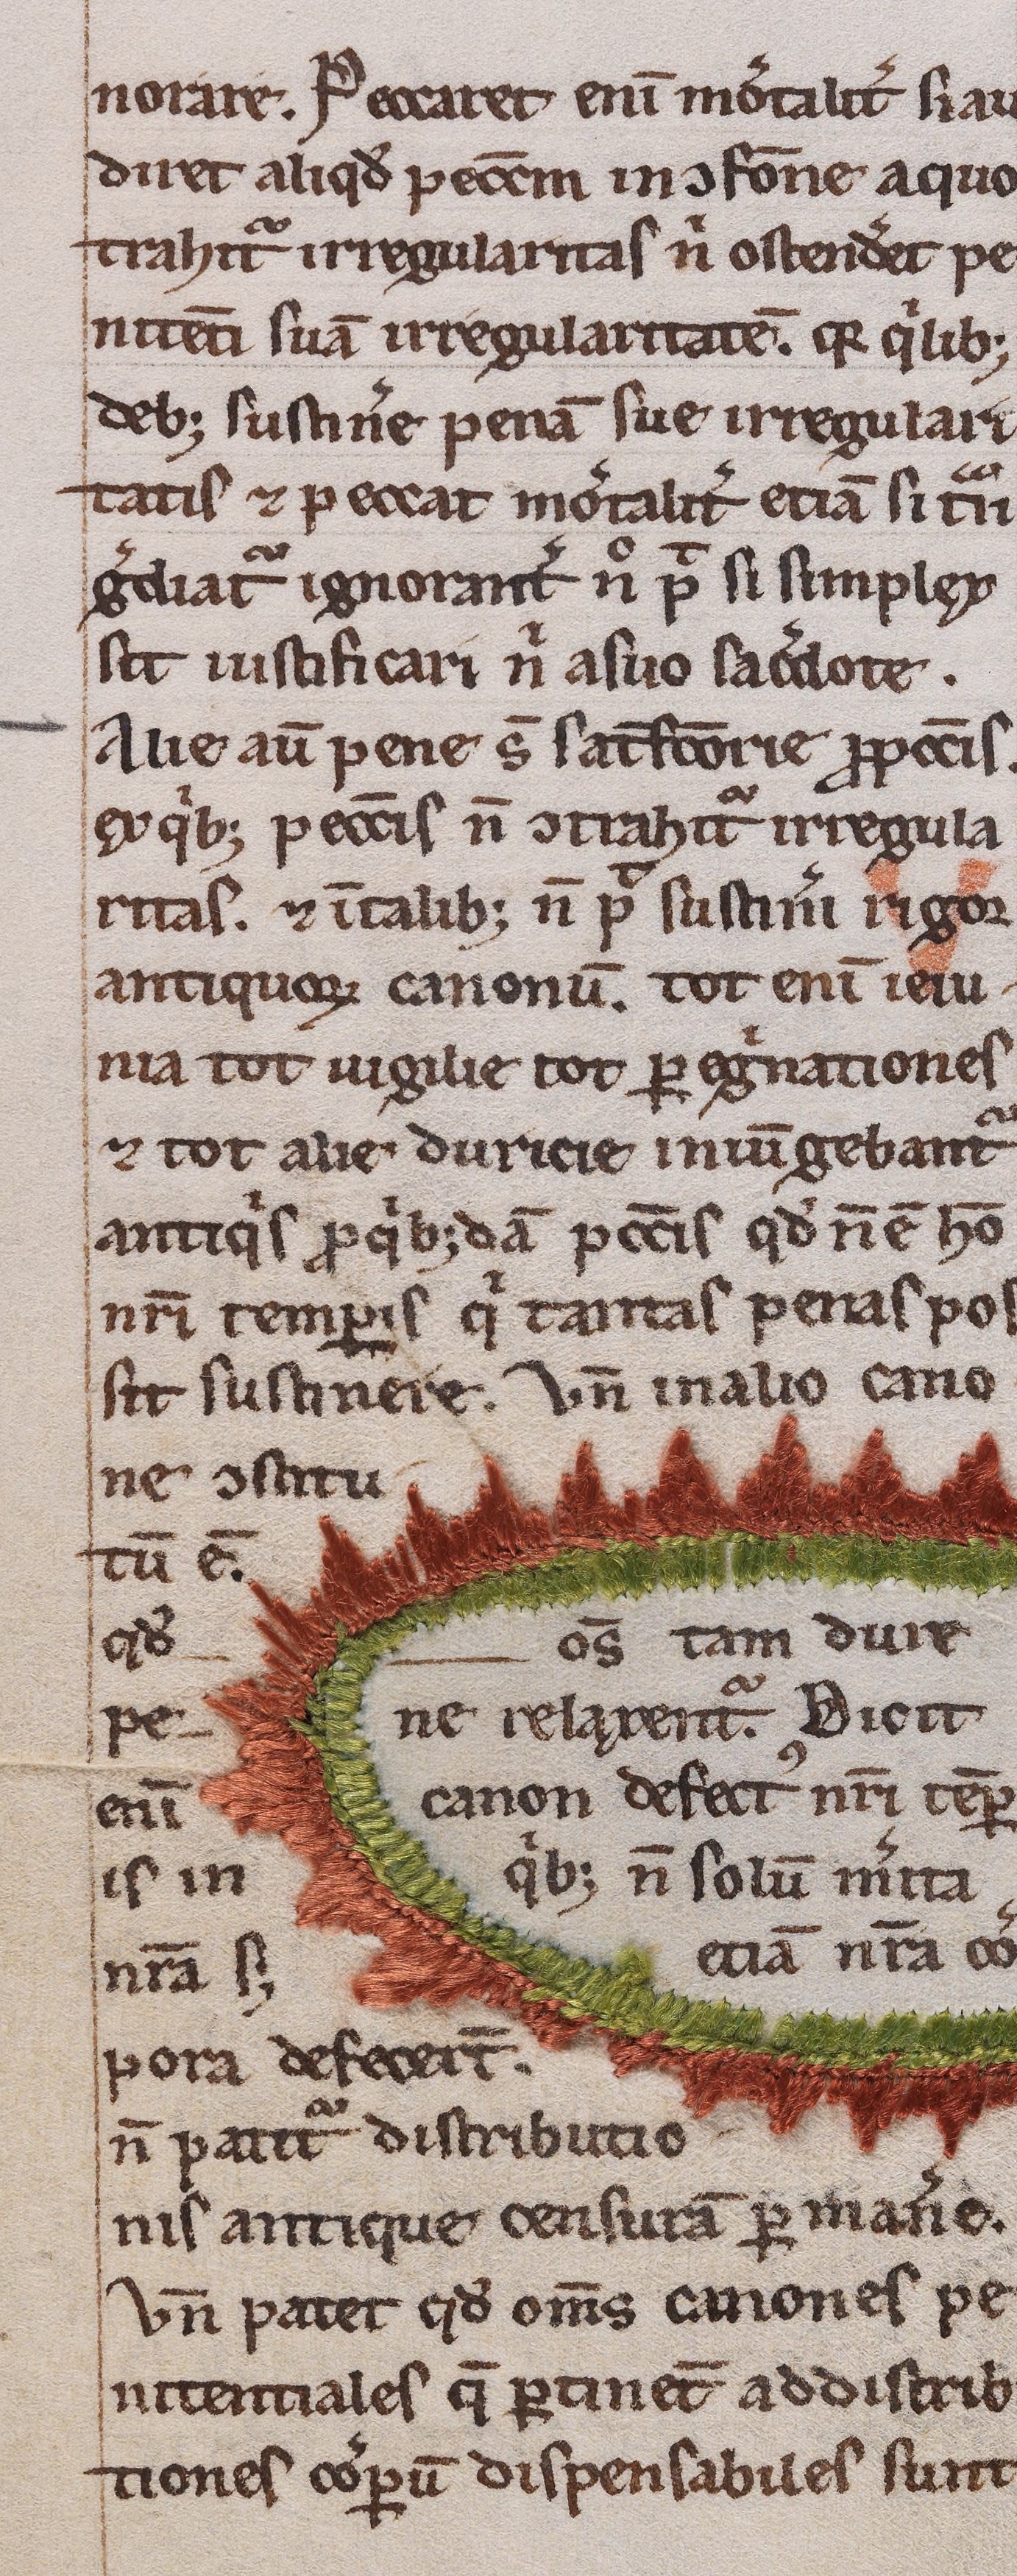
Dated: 1200–1249